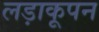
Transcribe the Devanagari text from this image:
लड़ाकूपन